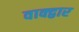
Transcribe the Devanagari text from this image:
वाक्द्वार